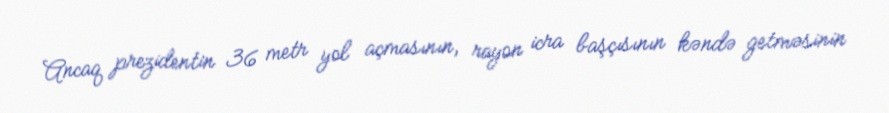
Ancaq prezidentin 36 metr yol açmasının, rayon icra başçısının kəndə getməsinin